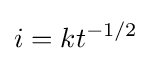
i=kt^{-1/2}